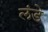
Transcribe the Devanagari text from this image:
लंडे